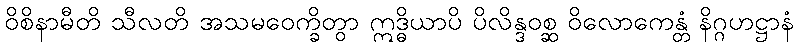
ဝိစိနာမီတိ သီလတိ အသမဝေက္ခိတွာ ဣဒ္ဓိယာပိ ပိလိန္ဒဝစ္ဆ ဝိလောကေန္တံ နိဂ္ဂဟဋ္ဌာနံ